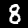
Label: 8